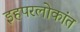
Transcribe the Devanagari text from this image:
इहपरलोकांत